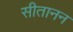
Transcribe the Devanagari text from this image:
सीतानन